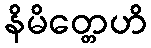
နိမိတ္တေဟိ